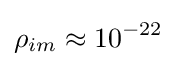
\rho _{im}\approx 10^{-22}